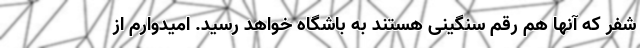
شفر که آنها هم رقم سنگینی هستند به باشگاه خواهد رسید. امیدوارم از